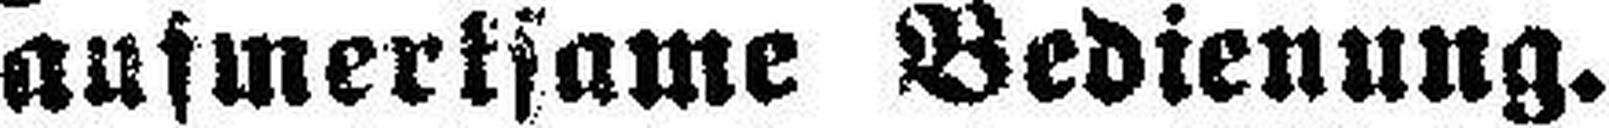
aufmerksame Bedienung.